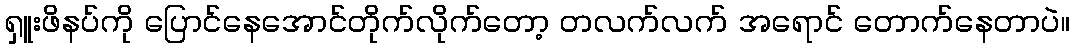
ရှူးဖိနပ်ကို ပြောင်နေအောင်တိုက်လိုက်တော့ တလက်လက် အရောင် တောက်နေတာပဲ။